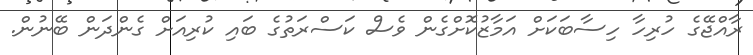
ރާއްޖޭގެ ހުރިހާ ހިސާބަކަށް އަމާޒުކޮށްގެން ވެސް ކަސްރަތުގެ ބައި ކުރިއަށް ގެންދަން ބޭނުން.